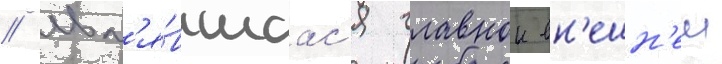
/ явл'я́вшаас'я главнои вн'ешн'еи